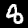
Digit: 8